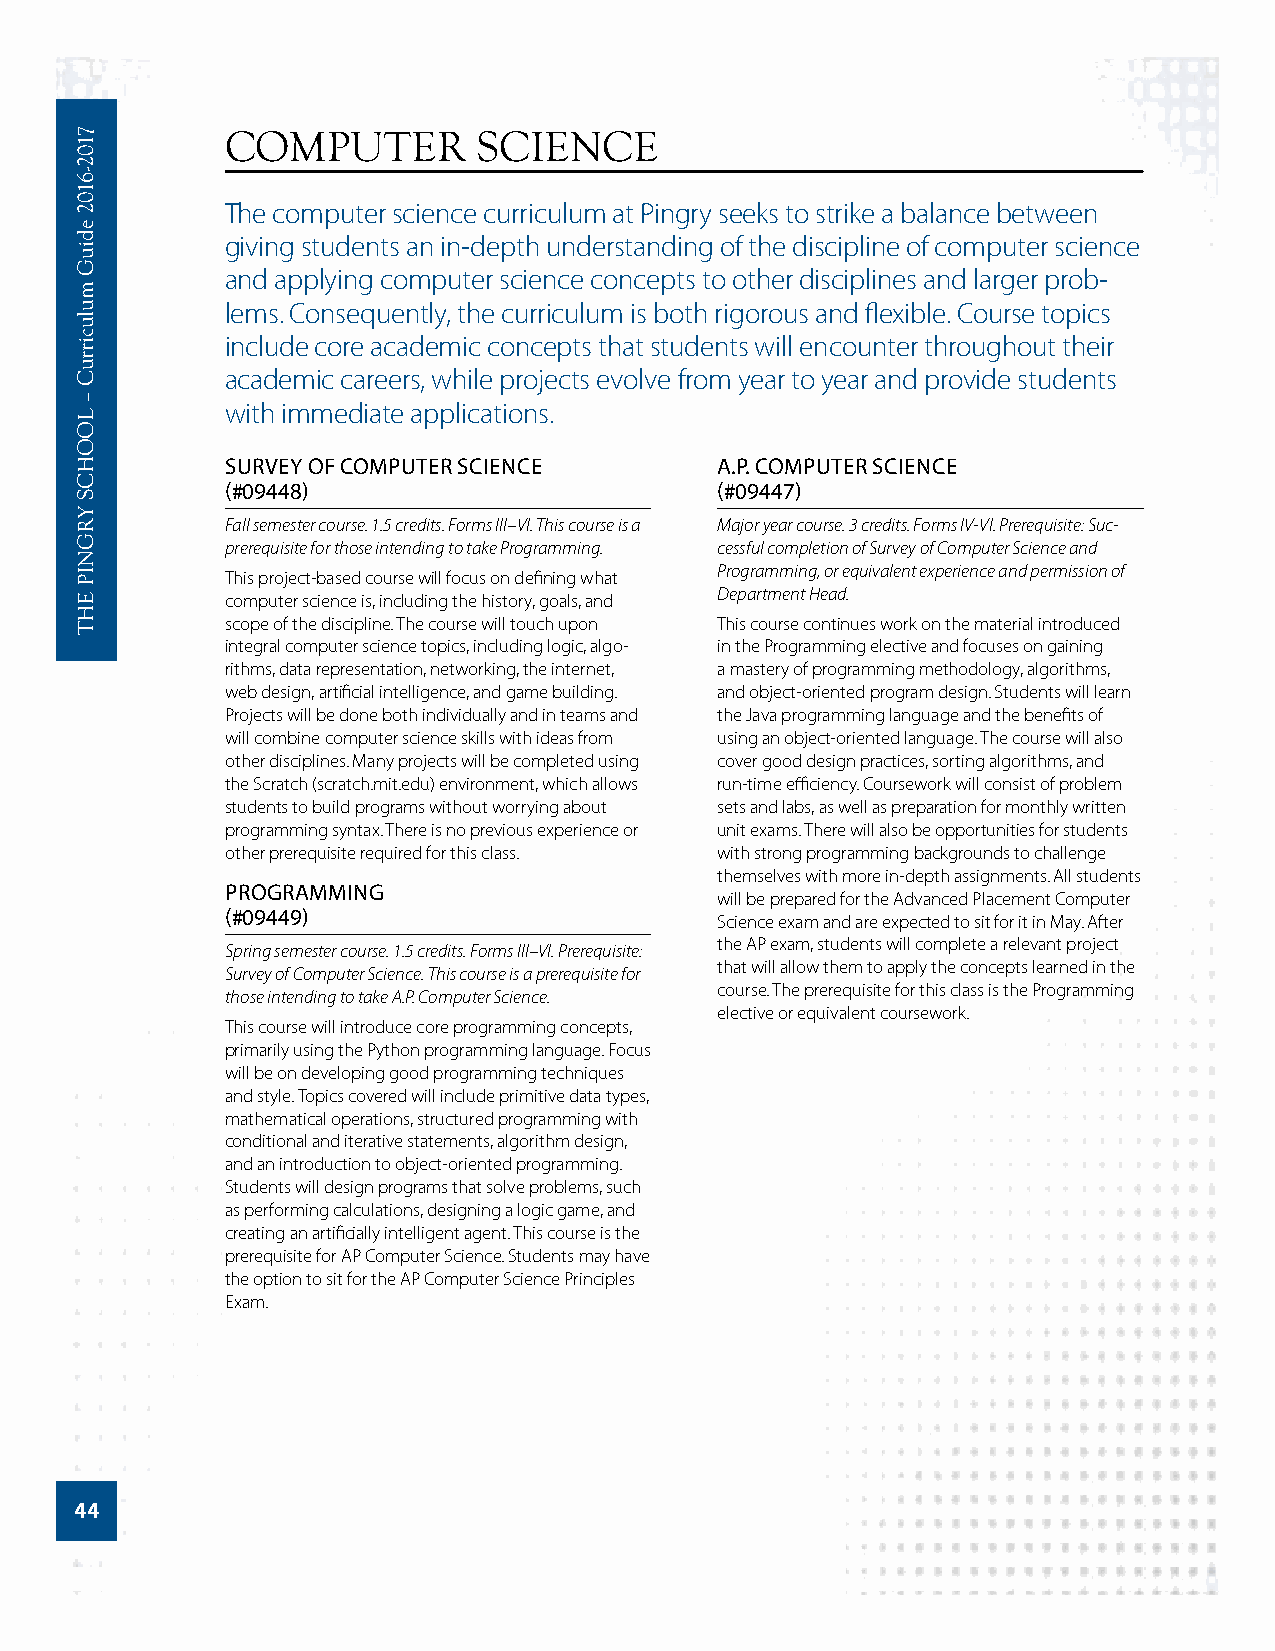
COMPUTER         SCIENCE
 The computer science curriculum at Pingry seeks to strike a balance between
 giving students an in-depth understanding of the discipline of computer science
 and applying computer science concepts to other disciplines and larger prob-
 lems. Consequently, the curriculum is both rigorous and flexible. Course topics
 include core academic concepts that students will encounter throughout their
 academic careers, while projects evolve from year to year and provide students
 with immediate applications.
 SURVEY OF COMPUTER SCIENCE      A.P. COMPUTER SCIENCE
 (#09448)                        (#09447)
 Fall semester course. 1.5 credits. Forms III–VI. This course is a Major year course. 3 credits. Forms IV-VI. Prerequisite: Suc-
 prerequisite for those intending to take Programming. cessful completion of Survey of Computer Science and
 Programming, or equivalent experience and permission of
 This project-based course will focus on defining what
 Department Head. computer science is, including the history, goals, and
 scope of the discipline. The course will touch upon This course continues work on the material introduced
 integral computer science topics, including logic, algo- in the Programming elective and focuses on gaining
 rithms, data representation, networking, the internet, a mastery of programming methodology, algorithms,
 web design, artificial intelligence, and game building. and object-oriented program design. Students will learn
 Projects will be done both individually and in teams and the Java programming language and the benefits of
 will combine computer science skills with ideas from using an object-oriented language. The course will also
 other disciplines. Many projects will be completed using cover good design practices, sorting algorithms, and
 the Scratch (scratch.mit.edu) environment, which allows run-time efficiency. Coursework will consist of problem
 students to build programs without worrying about sets and labs, as well as preparation for monthly written
 programming syntax. There is no previous experience or unit exams. There will also be opportunities for students
 other prerequisite required for this class. with strong programming backgrounds to challenge
 themselves with more in-depth assignments. All students
 PROGRAMMING
 will be prepared for the Advanced Placement Computer
 (#09449)                        Science exam and are expected to sit for it in May. After
 the AP exam, students will complete a relevant project
 Spring semester course. 1.5 credits. Forms III–VI. Prerequisite:
 that will allow them to apply the concepts learned in the
 Survey of Computer Science. This course is a prerequisite for
 course. The prerequisite for this class is the Programming
 those intending to take A.P. Computer Science.
 elective or equivalent coursework.
 This course will introduce core programming concepts,
 primarily using the Python programming language. Focus
 will be on developing good programming techniques
 and style. Topics covered will include primitive data types,
 mathematical operations, structured programming with
 conditional and iterative statements, algorithm design,
 and an introduction to object-oriented programming.
 Students will design programs that solve problems, such
 as performing calculations, designing a logic game, and
 creating an artificially intelligent agent. This course is the
 prerequisite for AP Computer Science. Students may have
 the option to sit for the AP Computer Science Principles
 Exam.
 44
 7102-­6102
 ediuG
 mulucirruC
 –
 LOOHCS
 YRGNIP
 EHT